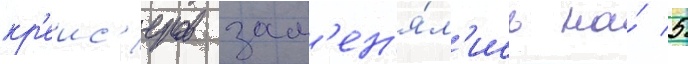
кр'еис'еров зам'ен'я́л'ись на́ 5